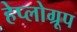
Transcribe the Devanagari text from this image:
हेप्लोग्रूप